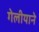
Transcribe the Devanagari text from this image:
गेलीयाने